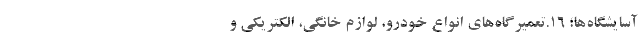
آسایشگاه‌ها؛ ۱۶.تعمیرگاه‌های انواع خودرو، لوازم خانگی، الکتریکی و